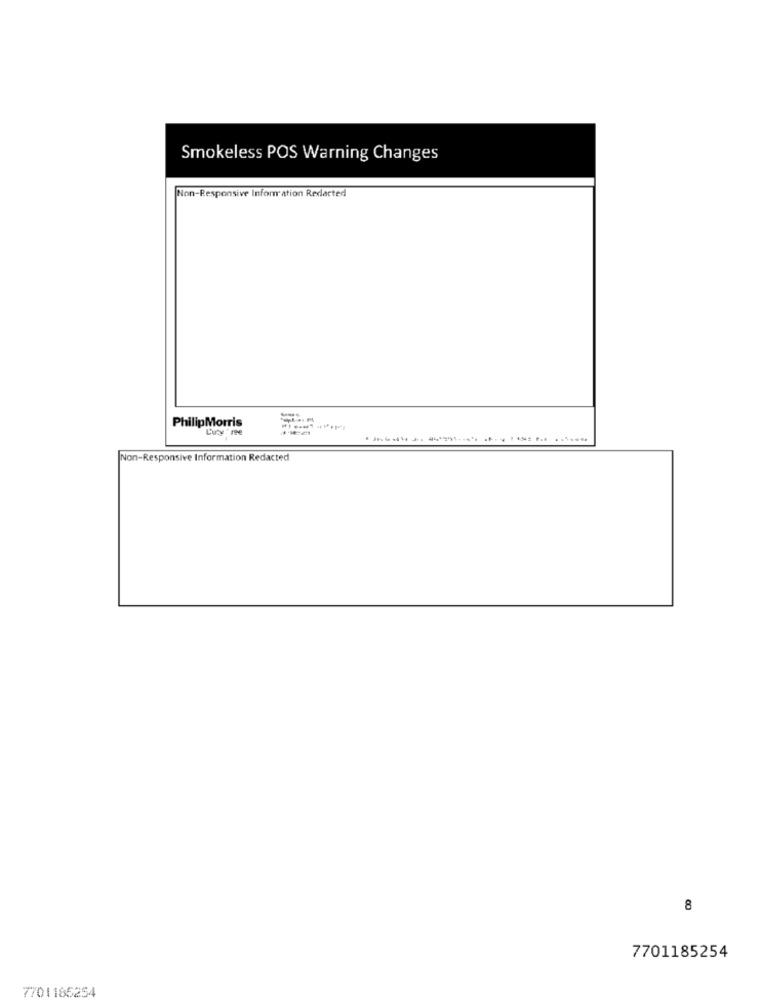
Smokeless POS Warning Changes
Non-Responsive Information Redacted
PhilipMorris
L'uty 're
Non-Responsive Information Redacted
8
7701185254
7701165254